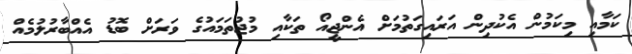
ކަމާއި މިކަމުން އެކުދިން އަރައިގަތުމަށް އެންޖީއޯ ތަކާއި މުޖުތަމައުގެ ވަރަށް ބޮޑު އެއްބާރުލުމެއް